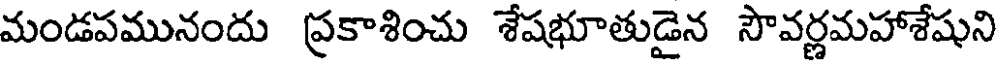
మండపమునందు ప్రకాశించు శేషభూతుడైన సౌవర్ణమహాశేషుని